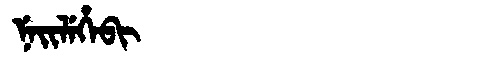
Manchu: ᠨᡝᡳᠯᡝᡥᡝᠪᡳ
Romanization: NEILEHEBI